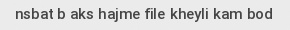
nsbat b aks hajme file kheyli kam bod